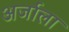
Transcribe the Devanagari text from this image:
अर्जाला